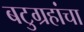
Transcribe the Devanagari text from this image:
बटुग्रहांचा